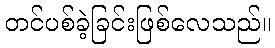
တင်ပစ်ခဲ့ခြင်းဖြစ်လေသည်။